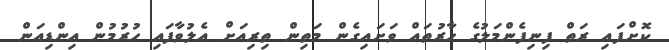
ކޮށްފައި ރަތް ފިނިފެންމަލުގެ ހާރުތައް ވަށައިގެން މަތިން ތިރިއަށް އެލުވާފައި ހުރުމުން އިންޑިއަން